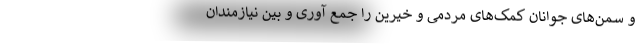
و سمن‌های جوانان کمک‌های مردمی و خیرین را جمع آوری و بین نیازمندان